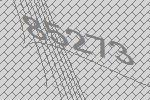
85273